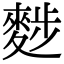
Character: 𪌷